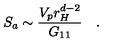
S _ { a } \sim { \frac { V _ { p } r _ { H } ^ { d - 2 } } { G _ { 1 1 } } } \quad .